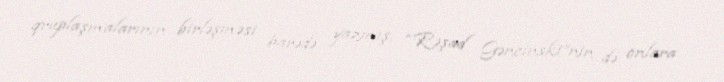
qruplaşmalarının birləşməsi barədə yazmış, “Rəşad Gəncinski”nin də onlara